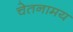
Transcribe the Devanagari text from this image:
चेतनामय